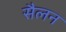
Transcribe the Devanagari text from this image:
सैलन